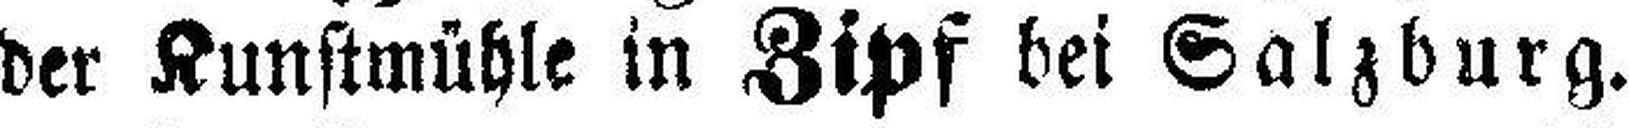
der Kunstmühle in Zipf bei Salzburg.